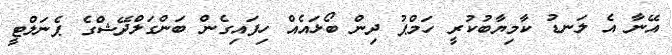
އޭނާ އެ ލަނޑު ކާމިޔާބުކުރީ ހަމްޕު ދިން ބޯޅައެއް ހިފައިގެން ބަންގަލްދޭޝްގެ ޕެނަލްޓީ